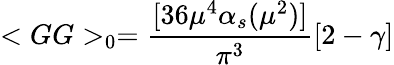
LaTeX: <GG>_{0}=\frac{[36\mu^{4}\alpha_{s}(\mu^{2})]}{\pi^{3}}[2-\gamma]